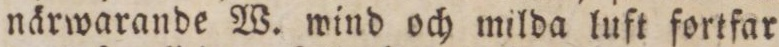
närwarande W. wind och milda luft fortfar